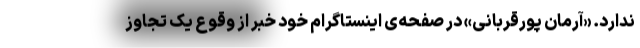
ندارد. «آرمان پورقربانی» در صفحه‌ی اینستاگرام خود خبر از وقوع یک تجاوز